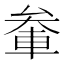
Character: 軬